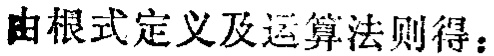
由根式定义及运算法则得：